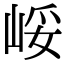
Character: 㟎